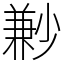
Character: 㝺